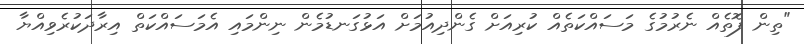
"ތިން ފޮތެއް ނެރުމުގެ މަސައްކަތެއް ކުރިއަށް ގެންދިއުމަށް އަޅުގަނޑުމެން ނިންމައި އެމަސައްކަތް އިރާދަކުރެވިއްޔާ